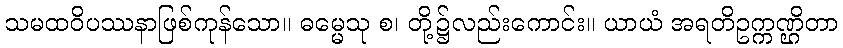
သမထဝိပဿနာဖြစ်ကုန်သော။ ဓမ္မေသု စ၊ တို့၌လည်းကောင်း။ ယာယံ အရတိဥက္ကဏ္ဌိတာ